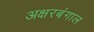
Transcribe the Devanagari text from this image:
अक्षरबंगाल